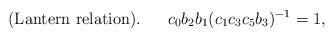
LaTeX: \begin{align*} {\rm (Lantern \ relation).}\ \ \ \ \ c_0 b_2 b_1 ( c_1 c_3 c_5 b_3)^{-1} =1, \end{align*}